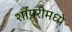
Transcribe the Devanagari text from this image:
शायरीमध्ये